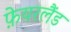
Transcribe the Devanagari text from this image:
फ़ेयरलैंड